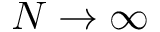
N \to \infty